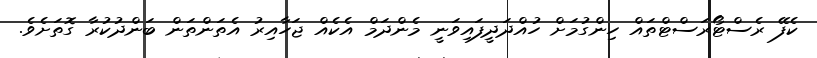
ކެފޭ ރެސްޓޯރަސްޓްތައް ހިންގުމަށް ހުއްދަދީފައިވަނީ މެންދަމް އެކެއް ޖަހާއިރު އެތަންތަން ބަންދުކުރާ ގޮތަށެވެ.